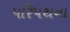
પરિપથના